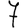
Digit: 7